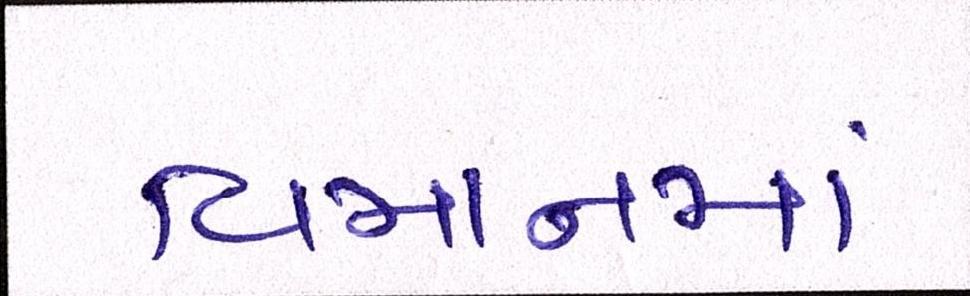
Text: વિમાનમાં